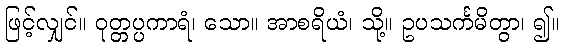
ဖြင့်လျှင်။ ဝုတ္တပ္ပကာရံ၊ သော။ အာစရိယံ၊ သို့။ ဥပသင်္ကမိတွာ၊ ၍။